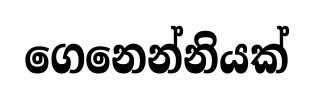
ගෙනෙන්නියක්